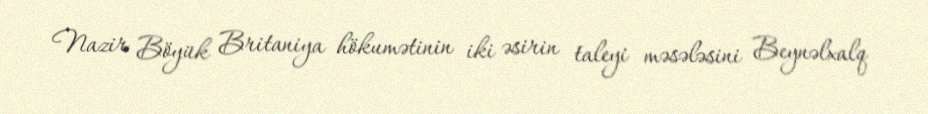
Nazir Böyük Britaniya hökumətinin iki əsirin taleyi məsələsini Beynəlxalq